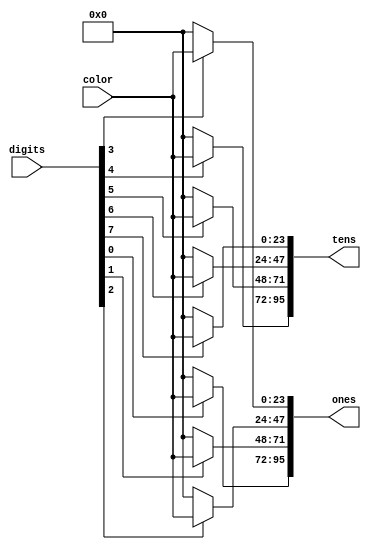
/*
   This file was generated automatically by the Mojo IDE version B1.3.6.
   Do not edit this file directly. Instead edit the original Lucid source.
   This is a temporary file and any changes made to it will be destroyed.
*/

module scoredisplaydigits_31 (
    input [7:0] digits,
    input [23:0] color,
    output reg [95:0] tens,
    output reg [95:0] ones
  );
  
  
  
  reg [23:0] temp_7;
  
  reg [23:0] temp_6;
  
  reg [23:0] temp_5;
  
  reg [23:0] temp_4;
  
  reg [23:0] temp_3;
  
  reg [23:0] temp_2;
  
  reg [23:0] temp_1;
  
  reg [23:0] temp_0;
  
  always @* begin
    if (digits[4+3+0-:1]) begin
      temp_7 = color;
    end else begin
      temp_7 = 24'h000000;
    end
    if (digits[4+2+0-:1]) begin
      temp_6 = color;
    end else begin
      temp_6 = 24'h000000;
    end
    if (digits[4+1+0-:1]) begin
      temp_5 = color;
    end else begin
      temp_5 = 24'h000000;
    end
    if (digits[4+0+0-:1]) begin
      temp_4 = color;
    end else begin
      temp_4 = 24'h000000;
    end
    if (digits[0+3+0-:1]) begin
      temp_3 = color;
    end else begin
      temp_3 = 24'h000000;
    end
    if (digits[0+2+0-:1]) begin
      temp_2 = color;
    end else begin
      temp_2 = 24'h000000;
    end
    if (digits[0+1+0-:1]) begin
      temp_1 = color;
    end else begin
      temp_1 = 24'h000000;
    end
    if (digits[0+0+0-:1]) begin
      temp_0 = color;
    end else begin
      temp_0 = 24'h000000;
    end
    tens = {temp_4, temp_5, temp_6, temp_7};
    ones = {temp_0, temp_1, temp_2, temp_3};
  end
endmodule